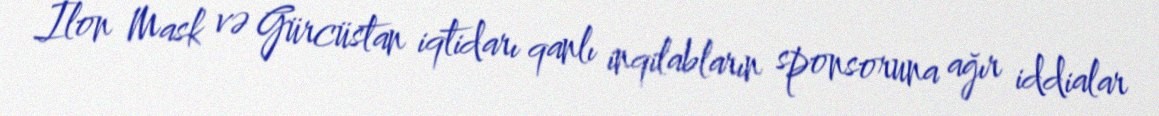
İlon Mask və Gürcüstan iqtidarı qanlı inqilabların sponsoruna ağır iddialar